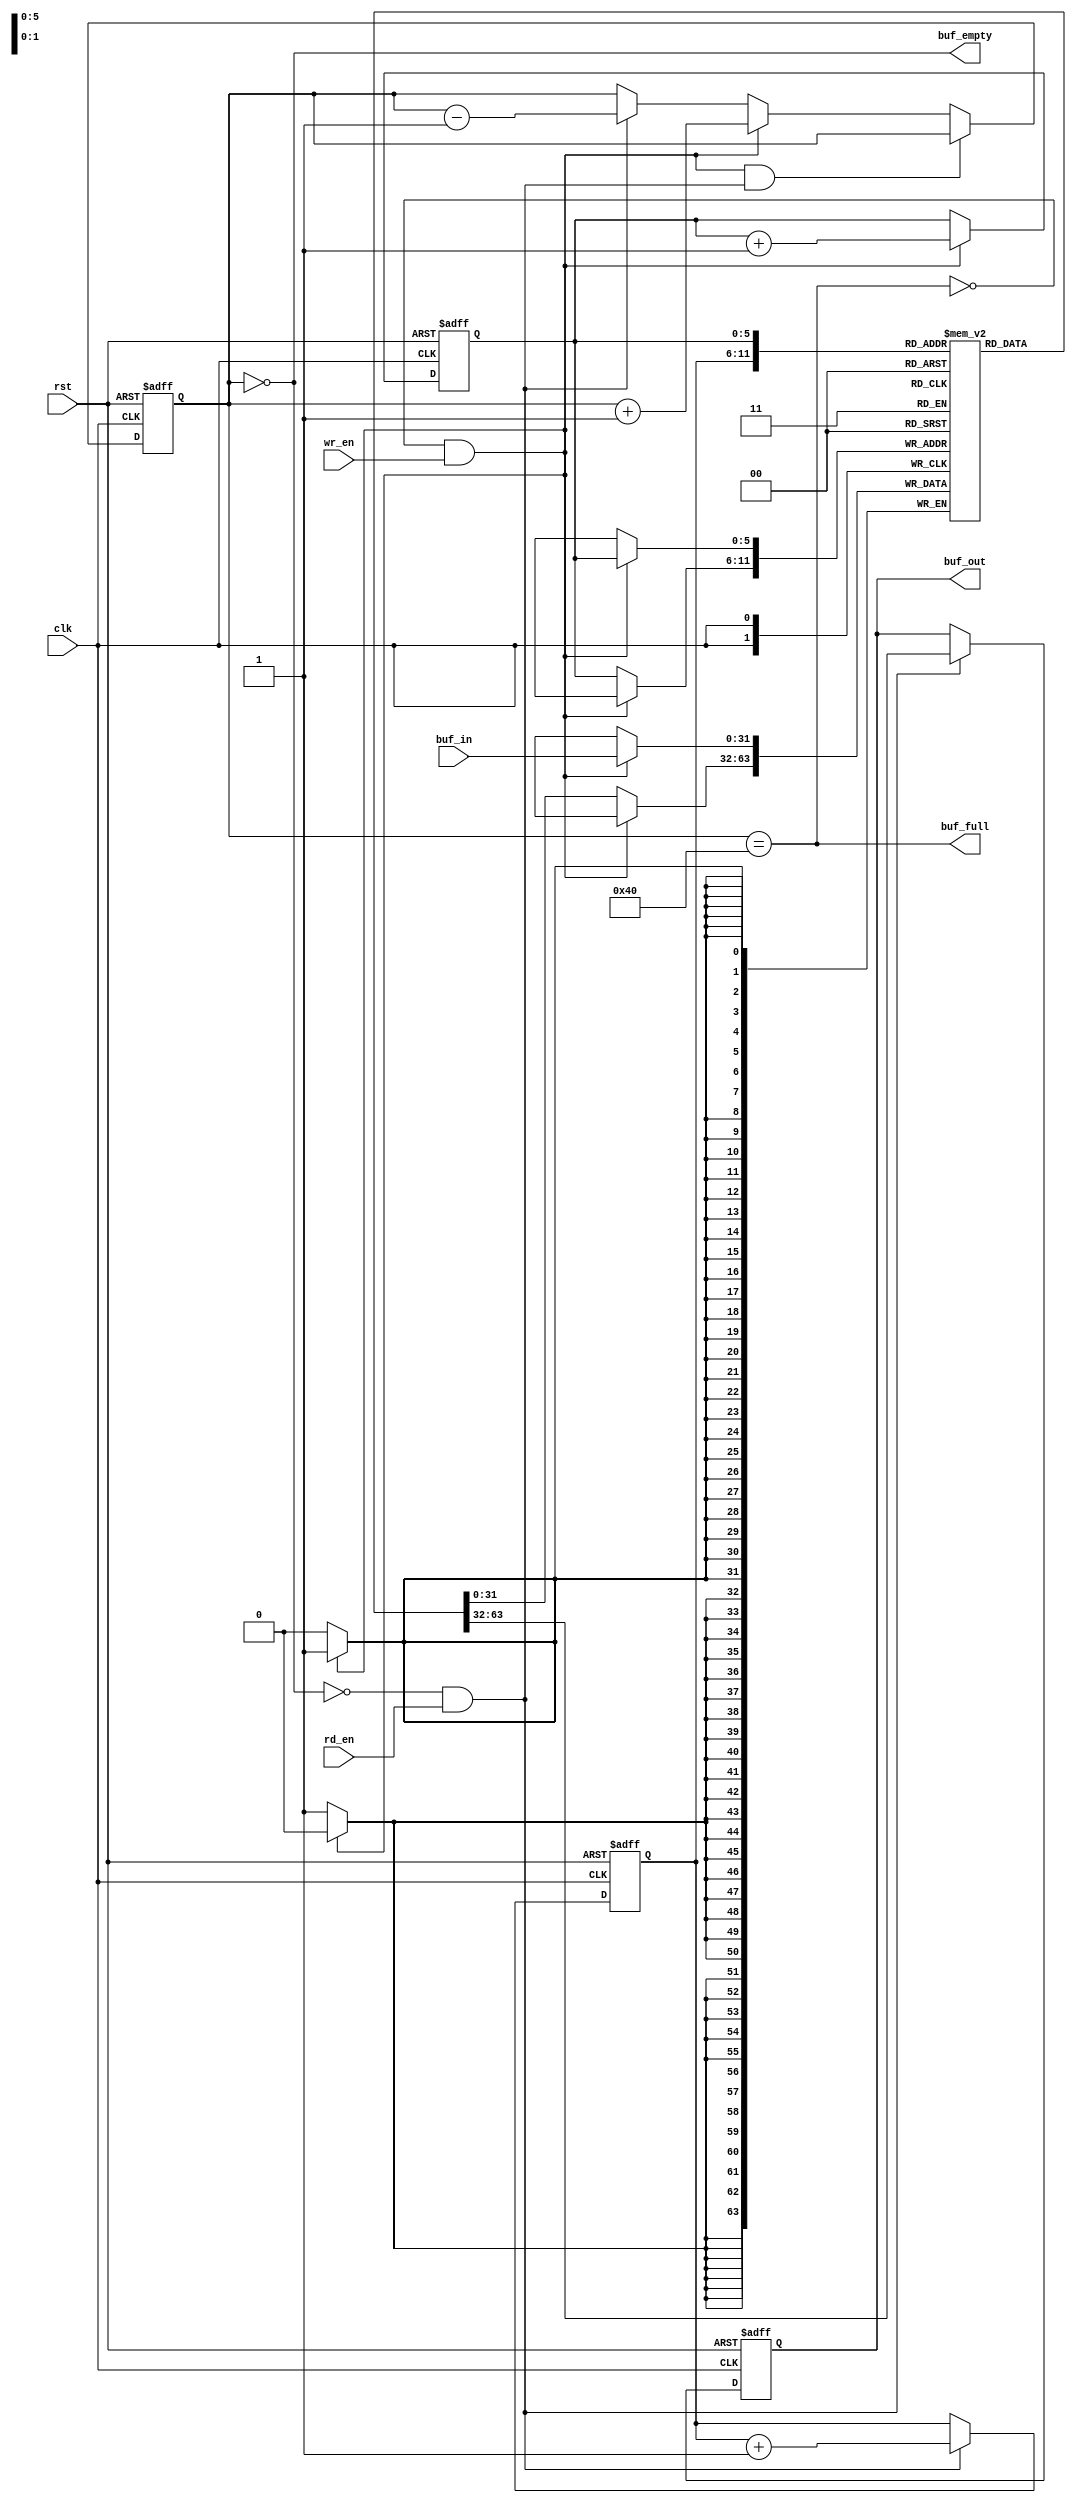
module FIFO(clk,rst,buf_in,buf_out,wr_en,rd_en,buf_empty,buf_full);
parameter N=32;
input rst,clk,wr_en,rd_en;
input[N-1:0] buf_in;
output reg[N-1:0] buf_out;
output reg buf_empty,buf_full;
reg[6:0] fifo_counter;
reg[5:0] rd_ptr,wr_ptr;
reg[N-1:0] buf_mem[63:0];
always @(fifo_counter) begin
    buf_empty<=(fifo_counter==0);
    buf_full<=(fifo_counter==64);
end
always @(posedge clk or posedge rst)begin
    if(rst)fifo_counter<=0;
    else if((!buf_full && wr_en) && (!buf_empty && rd_en))fifo_counter<=fifo_counter;
    else if(!buf_full && wr_en) fifo_counter<=fifo_counter+1;
    else if(!buf_empty && rd_en)fifo_counter<=fifo_counter-1;
    else fifo_counter<=fifo_counter;
end
always @(posedge clk or posedge rst)begin
    if(rst)buf_out<=0;
    else begin
        if(rd_en && !buf_empty)
        buf_out<=buf_mem[rd_ptr];
        else
        buf_out<=buf_out;
    end
end
always @(posedge clk)begin
    if(wr_en && !buf_full)buf_mem[wr_ptr]<=buf_in;
    else buf_mem[wr_ptr]<=buf_mem[wr_ptr];
end
always @(posedge clk or posedge rst)begin
    if(rst)begin
        wr_ptr<=0;
        rd_ptr<=0;
    end
    else begin
        if(!buf_full && wr_en)wr_ptr<=wr_ptr+1;
        else wr_ptr<=wr_ptr;
        if(!buf_empty && rd_en)rd_ptr<=rd_ptr+1;
        else rd_ptr<=rd_ptr;
end
end
endmodule